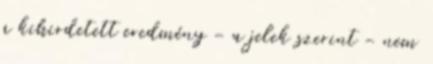
a kihirdetett eredmény - a jelek szerint - nem